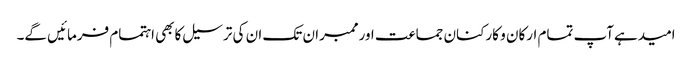
امیدہےآپ تمام ارکان و کارکنان جماعت اورممبران تک ان کی ترسیل کابھی اہتمام فرمائیں گے۔